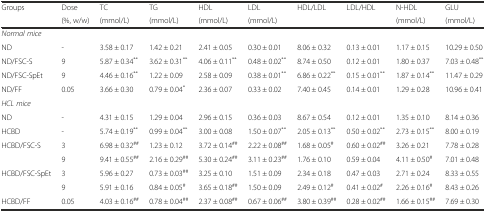
<table><thead><tr><td rowspan="2"><b>Groups</b></td><td><b>Dose</b></td><td><b>TC</b></td><td><b>TG</b></td><td><b>HDL</b></td><td><b>LDL</b></td><td rowspan="2"><b>HDL/LDL</b></td><td rowspan="2"><b>LDL/HDL</b></td><td><b>N-HDL</b></td><td><b>GLU</b></td></tr><tr><td><b>(%, w/w)</b></td><td><b>(mmol/L)</b></td><td><b>(mmol/L)</b></td><td><b>(mmol/L)</b></td><td><b>(mmol/L)</b></td><td><b>(mmol/L)</b></td><td><b>(mmol/L)</b></td></tr></thead><tbody><tr><td><i>Normal mice</i></td><td></td><td></td><td></td><td></td><td></td><td></td><td></td><td></td><td></td></tr><tr><td>ND</td><td>-</td><td>3.58 ± 0.17</td><td>1.42 ± 0.21</td><td>2.41 ± 0.05</td><td>0.30 ± 0.01</td><td>8.06 ± 0.32</td><td>0.13 ± 0.01</td><td>1.17 ± 0.15</td><td>10.29 ± 0.50</td></tr><tr><td>ND/FSC-S</td><td>9</td><td>5.87 ± 0.34<sup>**</sup></td><td>3.62 ± 0.31<sup>**</sup></td><td>4.06 ± 0.11<sup>**</sup></td><td>0.48 ± 0.02<sup>**</sup></td><td>8.74 ± 0.50</td><td>0.12 ± 0.01</td><td>1.80 ± 0.37</td><td>7.03 ± 0.48<sup>**</sup></td></tr><tr><td>ND/FSC-SpEt</td><td>9</td><td>4.46 ± 0.16<sup>**</sup></td><td>1.22 ± 0.09</td><td>2.58 ± 0.09</td><td>0.38 ± 0.01<sup>**</sup></td><td>6.86 ± 0.22<sup>**</sup></td><td>0.15 ± 0.01<sup>**</sup></td><td>1.87 ± 0.14<sup>**</sup></td><td>11.47 ± 0.29</td></tr><tr><td>ND/FF</td><td>0.05</td><td>3.66 ± 0.30</td><td>0.79 ± 0.04<sup>*</sup></td><td>2.36 ± 0.07</td><td>0.33 ± 0.02</td><td>7.40 ± 0.45</td><td>0.14 ± 0.01</td><td>1.29 ± 0.28</td><td>10.96 ± 0.41</td></tr><tr><td><i>HCL mice</i></td><td></td><td></td><td></td><td></td><td></td><td></td><td></td><td></td><td></td></tr><tr><td>ND</td><td>-</td><td>4.31 ± 0.15</td><td>1.29 ± 0.04</td><td>2.96 ± 0.15</td><td>0.36 ± 0.03</td><td>8.67 ± 0.54</td><td>0.12 ± 0.01</td><td>1.35 ± 0.10</td><td>8.14 ± 0.36</td></tr><tr><td>HCBD</td><td>-</td><td>5.74 ± 0.19<sup>**</sup></td><td>0.99 ± 0.04<sup>**</sup></td><td>3.00 ± 0.08</td><td>1.50 ± 0.07<sup>**</sup></td><td>2.05 ± 0.13<sup>**</sup></td><td>0.50 ± 0.02<sup>**</sup></td><td>2.73 ± 0.15<sup>**</sup></td><td>8.00 ± 0.19</td></tr><tr><td>HCBD/FSC-S</td><td>3</td><td>6.98 ± 0.32<sup>##</sup></td><td>1.23 ± 0.12</td><td>3.72 ± 0.14<sup>##</sup></td><td>2.22 ± 0.08<sup>##</sup></td><td>1.68 ± 0.05<sup>#</sup></td><td>0.60 ± 0.02<sup>##</sup></td><td>3.26 ± 0.21</td><td>7.78 ± 0.28</td></tr><tr><td></td><td>9</td><td>9.41 ± 0.55<sup>##</sup></td><td>2.16 ± 0.29<sup>##</sup></td><td>5.30 ± 0.24<sup>##</sup></td><td>3.11 ± 0.23<sup>##</sup></td><td>1.76 ± 0.10</td><td>0.59 ± 0.04</td><td>4.11 ± 0.50<sup>#</sup></td><td>7.01 ± 0.48</td></tr><tr><td>HCBD/FSC-SpEt</td><td>3</td><td>5.96 ± 0.27</td><td>0.73 ± 0.03<sup>##</sup></td><td>3.25 ± 0.10</td><td>1.51 ± 0.09</td><td>2.34 ± 0.18</td><td>0.47 ± 0.03</td><td>2.71 ± 0.24</td><td>8.33 ± 0.55</td></tr><tr><td></td><td>9</td><td>5.91 ± 0.16</td><td>0.84 ± 0.05<sup>#</sup></td><td>3.65 ± 0.18<sup>##</sup></td><td>1.50 ± 0.09</td><td>2.49 ± 0.12<sup>#</sup></td><td>0.41 ± 0.02<sup>#</sup></td><td>2.26 ± 0.16<sup>#</sup></td><td>8.43 ± 0.26</td></tr><tr><td>HCBD/FF</td><td>0.05</td><td>4.03 ± 0.16<sup>##</sup></td><td>0.78 ± 0.04<sup>##</sup></td><td>2.37 ± 0.08<sup>##</sup></td><td>0.67 ± 0.06<sup>##</sup></td><td>3.80 ± 0.39<sup>##</sup></td><td>0.28 ± 0.02<sup>##</sup></td><td>1.66 ± 0.15<sup>##</sup></td><td>7.69 ± 0.30</td></tr></tbody></table>